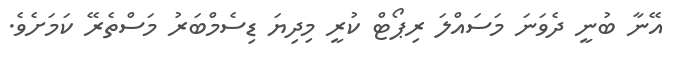
އޭނާ ބުނީ ދެވަނަ މަސައްލަ ރިޕޯޓް ކުރީ މިދިޔަ ޑިސެމްބަރު މަސްތެރޭ ކަމަށެވެ.